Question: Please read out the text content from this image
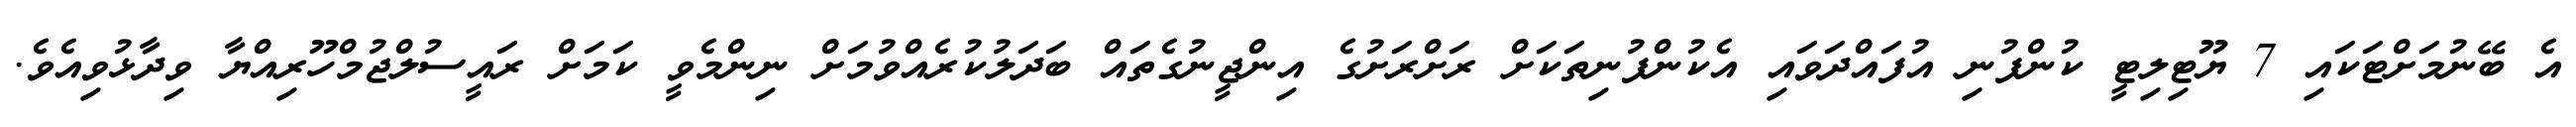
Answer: އެ ބޭނުމަށްޓަކައި 7 ޔޫޓިލިޓީ ކުންފުނި އުފައްދަވައި އެކުންފުނިތަކަށް ރަށްރަށުގެ އިންޖީނުގެތައް ބަދަލުކުރެއްވުމަށް ނިންމެވީ ކަމަށް ރައީސުލްޖުމްހޫރިއްޔާ ވިދާޅުވިއެވެ.